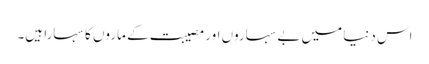
اس دنیا میں بے سہاروں اور مصیبت کے ماروں کا سہارا ہیں۔